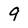
Character: 9